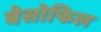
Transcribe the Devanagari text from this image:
बेसोफिल